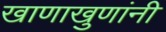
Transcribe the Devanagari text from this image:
खाणाखुणांनी